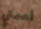
أصمتي